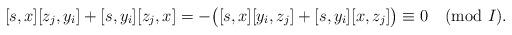
LaTeX: \begin{align*}[s, x] [z_j , y_i ] + [s, y_i] [z_j , x] = - \bigl( [s, x] [y_i, z_j ] + [s, y_i] [x, z_j] \bigr) \equiv 0 \pmod{I} .\end{align*}